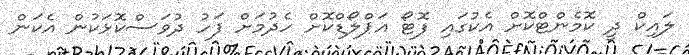
ލައިކް ދީ ކޮމެންޓްކޮށް އެކުގައި ފޮޓޯ އަޕްލޯޑްކޮށް ހެދުމަށް ފަހު ދުވަސްކޮޅަކުން އެކަން